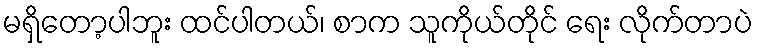
မရှိတော့ပါဘူး ထင်ပါတယ်၊ စာက သူကိုယ်တိုင် ရေး လိုက်တာပဲ